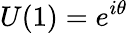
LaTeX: U(1)=e^{i\theta}